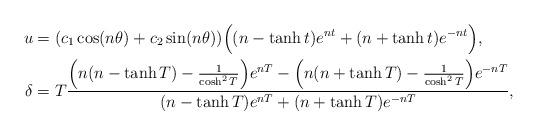
LaTeX: \begin{align*}u&=(c_1\cos (n\theta)+c_2\sin(n\theta))\Big((n-\tanh{t})e^{nt}+(n+\tanh{t})e^{-nt}\Big),\\\delta &= T\frac{\Big(n(n-\tanh{T})-\frac{1}{\cosh^2{T}}\Big) e^{nT}-\Big(n(n+\tanh{T})-\frac{1}{\cosh^2{T}}\Big) e^{-nT}}{(n-\tanh{T})e^{nT}+(n+\tanh{T})e^{-nT}},\end{align*}